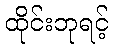
ထိုင်းဘုရင့်